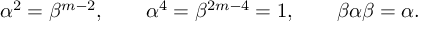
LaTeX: \alpha ^ { 2 } = \beta ^ { m - 2 } , \qquad \alpha ^ { 4 } = \beta ^ { 2 m - 4 } = 1 , \qquad \beta \alpha \beta = \alpha .